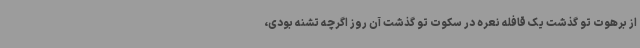
از برهوت تو گذشت یک قافله نعره در سکوت تو گذشت آن روز اگرچه تشنه بودی،